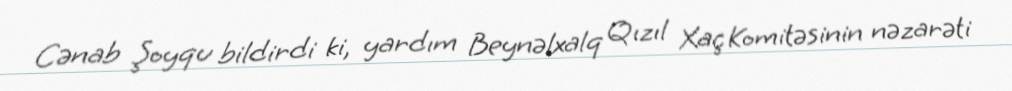
Cənab Şoyqu bildirdi ki, yardım Beynəlxalq Qızıl Xaç Komitəsinin nəzarəti